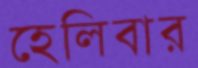
হেলিবার